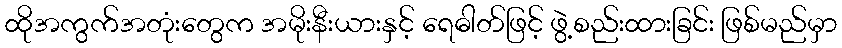
ထိုအကွက်အတုံးတွေက အမိုးနီးယားနှင့် ရေဓါတ်ဖြင့် ဖွဲ့စည်းထားခြင်း ဖြစ်မည်မှာ